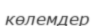
көлемдер